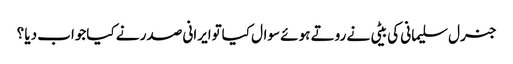
جنرل سلیمانی کی بیٹی نے روتے ہوئے سوال کیاتوایرانی صدر نے کیاجواب دیا ؟